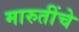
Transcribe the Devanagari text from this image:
मारुतींचे